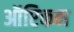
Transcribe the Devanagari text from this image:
ऑप्टिकन